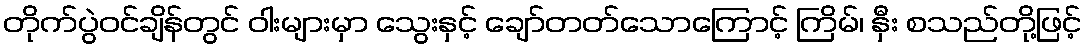
တိုက်ပွဲဝင်ချိန်တွင် ဝါးများမှာ သွေးနှင့် ချော်တတ်သောကြောင့် ကြိမ်၊ နှီး စသည်တို့ဖြင့်